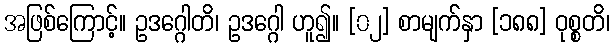
အဖြစ်ကြောင့်။ ဥဒဂ္ဂေါတိ၊ ဥဒဂ္ဂေါ ဟူ၍။ [၀၂] စာမျက်နှာ [၁၈၈] ဝုစ္စတိ၊